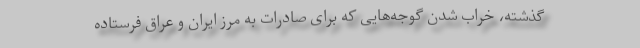
گذشته، خراب شدن گوجه‌هایی که برای صادرات به مرز ایران و عراق فرستاده